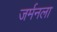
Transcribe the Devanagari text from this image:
जर्मनला